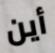
أين